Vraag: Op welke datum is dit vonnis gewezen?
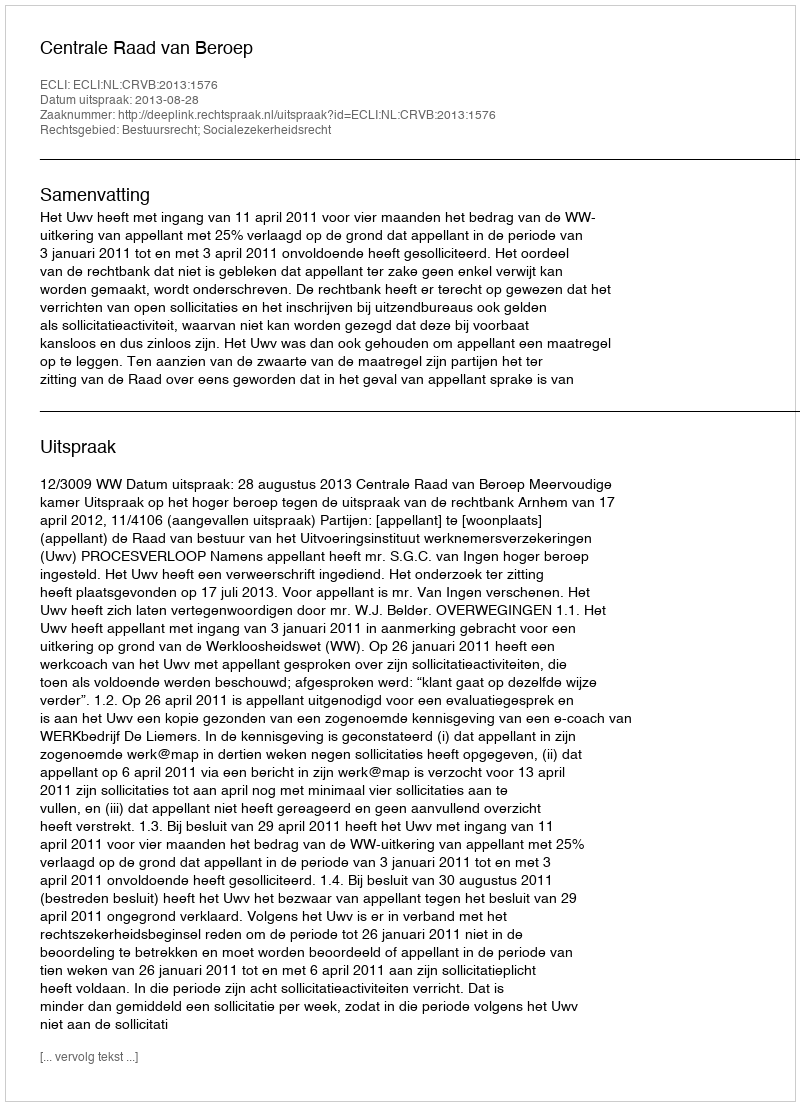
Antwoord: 2013-08-28